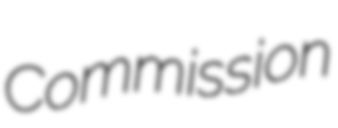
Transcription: Commission